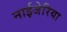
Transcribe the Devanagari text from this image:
नाईजेरिया